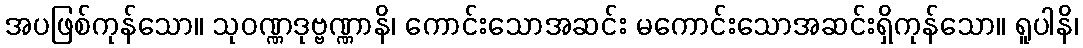
အပဖြစ်ကုန်သော။ သုဝဏ္ဏဒုဗ္ဗဏ္ဏာနိ၊ ကောင်းသောအဆင်း မကောင်းသောအဆင်းရှိကုန်သော။ ရူပါနိ၊